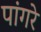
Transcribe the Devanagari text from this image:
पांगरे